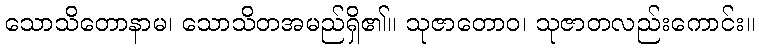
သောသိတောနာမ၊ သောသိတအမည်ရှိ၏။ သုဇာတောဝ၊ သုဇာတလည်းကောင်း။